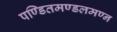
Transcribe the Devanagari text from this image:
पण्डितमण्डलमण्न